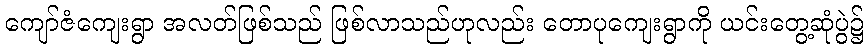
ကျော်ဇံကျေးရွာ အလတ်ဖြစ်သည် ဖြစ်လာသည်ဟုလည်း တောပုကျေးရွာကို ယင်းတွေ့ဆုံပွဲ၌